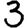
Digit: 3